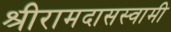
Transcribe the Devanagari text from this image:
श्रीरामदासस्वामी